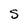
Character: S